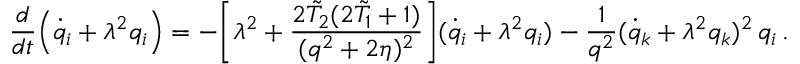
\frac { d } { d t } \Bigl ( \dot { q } _ { i } + \lambda ^ { 2 } q _ { i } \Bigr ) = - \biggl [ \lambda ^ { 2 } + \frac { 2 \tilde { T } _ { 2 } ( 2 \tilde { T } _ { 1 } + 1 ) } { ( q ^ { 2 } + 2 \eta ) ^ { 2 } } \biggr ] ( \dot { q } _ { i } + \lambda ^ { 2 } q _ { i } ) - \frac { 1 } { q ^ { 2 } } ( \dot { q } _ { k } + \lambda ^ { 2 } q _ { k } ) ^ { 2 } \, q _ { i } \, .